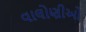
વાલોણીઓ